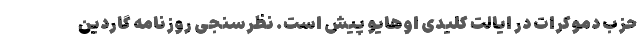
حزب دموکرات در ایالت کلیدی اوهایو پیش است. نظرسنجی روزنامه گاردین